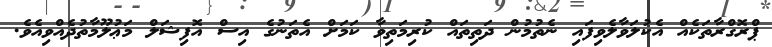
ޕްރޮގްރާތަކެއް އެކުލަވާލެވިފައި ނެތުމުން ދަތިތައް ކުރިމަތިވާ ކަމަށް އެތަނުގެ އިސް އޮފިޝަލް މަޢުލޫމާތުދެއްވިއެވެ.